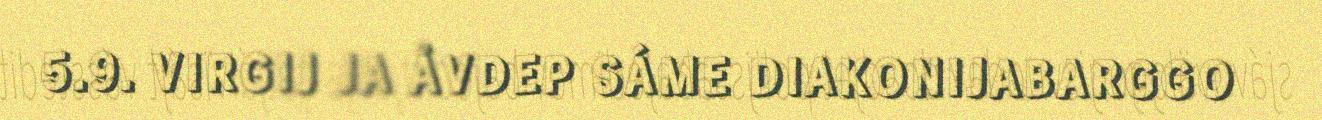
5.9. VIRGIJ JA ÅVDEP SÁME DIAKONIJABARGGO